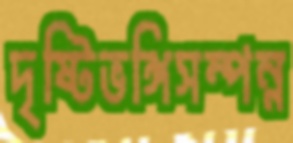
দৃষ্টিভঙ্গিসম্পন্ন